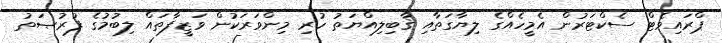
ޕްރައިވެޓް ސެކްޓަރުން އެމީހެއްގެ ލިޔާގަތާއި ޤާބިލިއްޔަތު ހުރި މިންވަރަކުން ވަޒީފާތައް ލިބުމުގެ ފުރުޞަތު